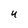
Character: U